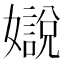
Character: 𡣛